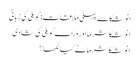
انوشکا سے پہلی ملاقات: کوہلی کی زبانی
انوشکا شرما اور وراٹ کوہلی کی شادی
انوشکا شرما نے کیا لکھا؟